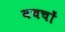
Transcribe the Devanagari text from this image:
बचचों